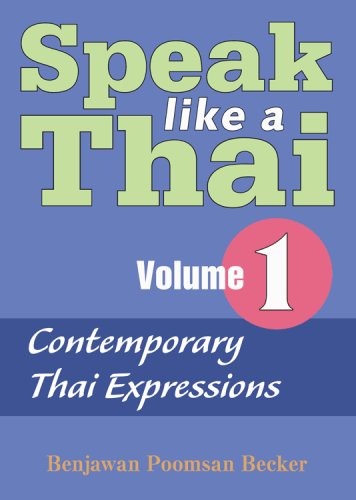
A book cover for Speak Like a Thai, Vol. 1: Contemporary Thai Expressions; Benjawan Poomsan Becker; Travel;